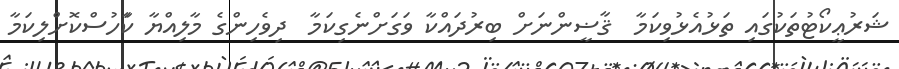
ޝަރުޢީކޯޓުތަކުގައި ތަޅުއެޅުވިކަމާ  ޤާޟީންނަށް ބިރުދައްކާ ވަގަށްނެގިކަމާ  ދިވެހިންގެ މާލިއްޔާ ކަާހުސްކޮށްލިކަމާ